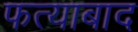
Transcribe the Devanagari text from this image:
फत्याबाद